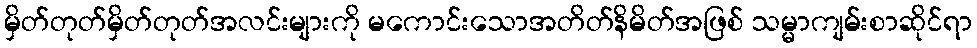
မှိတ်တုတ်မှိတ်တုတ်အလင်းများကို မကောင်းသောအတိတ်နိမိတ်အဖြစ် သမ္မာကျမ်းစာဆိုင်ရာ